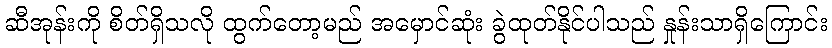
ဆီအုန်းကို စိတ်ရှိသလို ထွက်တော့မည် အမှောင်ဆုံး ခွဲထုတ်နိုင်ပါသည် နှုန်းသာရှိကြောင်း